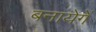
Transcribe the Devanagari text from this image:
बनायेगें